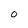
Character: O